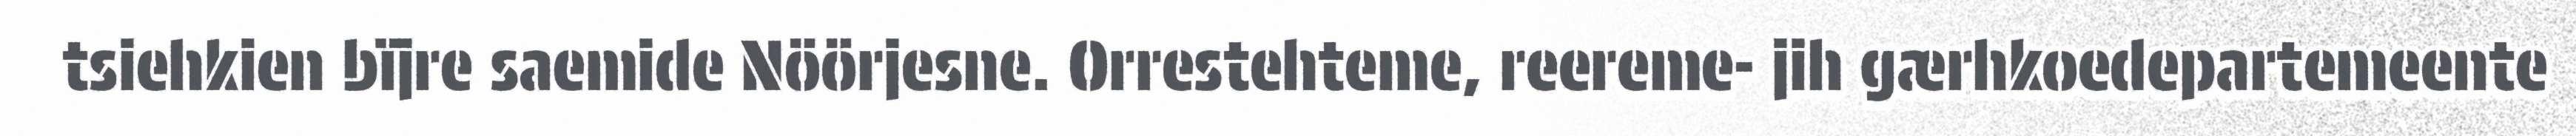
tsiehkien bïjre saemide Nöörjesne. Orrestehteme, reereme- jih gærhkoedepartemeente